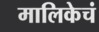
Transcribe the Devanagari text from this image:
मालिकेचं